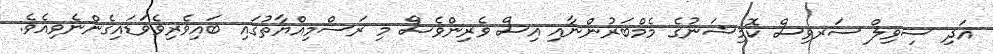
އަދި ސިވިލް ސަރވިސް ކޮމިޝަނުގެ މެމްބަރުންނާއި އިސް ވެރިންވެސް މި ރަސްމިއްޔާތުގައި ބައިވެރިވެވަޑައިގެންނެވިއެވެ.